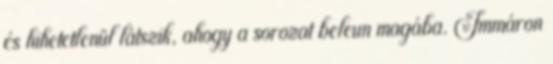
és hihetetlenül látszik, ahogy a sorozat beleun magába. Immáron